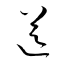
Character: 送